Outbreak of cholera in the village of Akhoree, in the Mirzapore district
Disease focus: Cholera
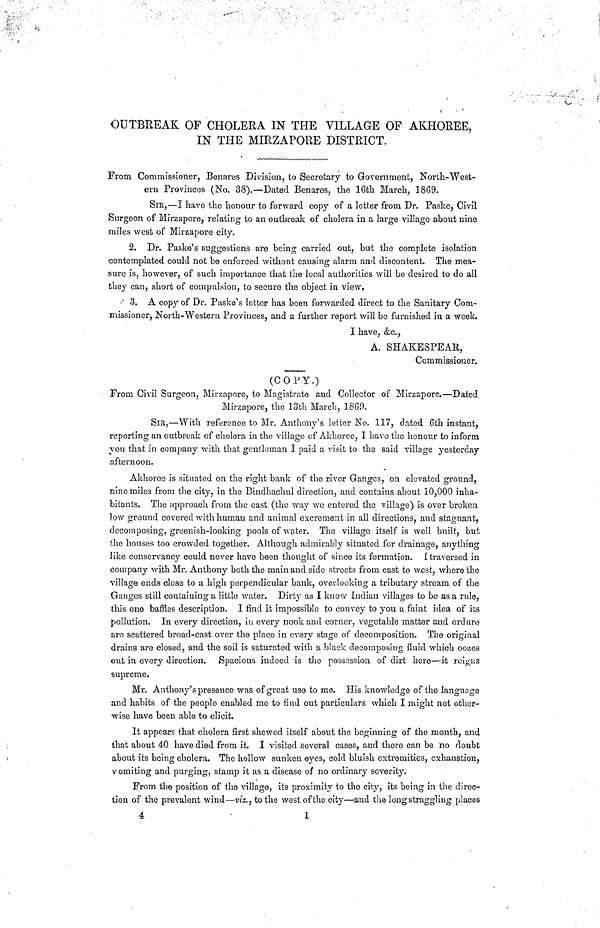
OUTBREAK OF CHOLERA IN THE VILLAGE OF AKHOREE,
IN THE MIRZAPORE DISTRICT.
From Commissioner, Benares Division, to Secretary to Government, North-West-
ern Provinces (No. 38).—Dated Benares, the 16th March, 1869.
SIR,—I have the honour to forward copy of a letter from Dr. Paske, Civil
Surgeon of Mirzapore, relating to an outbreak of cholera in a large village about nine
miles west of Mirzapore city.
2. Dr. Paske's suggestions are being carried out, but the complete isolation
contemplated could not be enforced without causing alarm and discontent. The mea-
sure is, however, of such importance that the local authorities will be desired to do all
they can, short of compulsion, to secure the object in view.
3. A copy of Dr. Paske's letter has been forwarded direct to the Sanitary Com-
missioner, North-Western Provinces, and a further report will be furnished in a week.
I have, &c.,
A. SHAKESPEAR,
Commissioner.
(COPY.)
From Civil Surgeon, Mirzaporo, to Magistrate and Collector of Mirzapore.—Dated
Mirzapore, the loth March, 1869.
SIR,—With reference to Mr. Anthony's letter No. 117, dated 6th instant,
reporting an outbreak of cholera in the village of Akhorec, I have the honour to inform
you that in company with that gentleman I paid a visit to the said village yesterday
afternoon.
Akhoree is situated on the right bank of the river Ganges, on elevated ground,
nine miles from the city, in the Bindhachul direction, and contains about 10,000 inha-
bitants. The approach from the east (the way wo entered the village) is over broken
low ground covered with human and animal excrement in all directions, and stagnant,
decomposing, greenish-looking pools of water. The village itself is well built, but
the houses too crowded together. Although admirably situated for drainage, anything
like conservancy could never have been thought of since its formation. I traversed in
company with Mr. Anthony both the main and side streets from east to west, where the
village ends close to a high perpendicular bank, overlooking a tributary stream of the
Ganges still containing a little water. Dirty as I know Indian villages to be as a rule,
this one baffles description. I find it impossible to convey to you a faint idea of its
pollution. In every direction, in every nook and corner, vegetable matter and ordure
are scattered broad-cast over the place in every stage of decomposition. The original
drains are closed, and the soil is saturated with a black decomposing fluid which oozes
out in every direction. Spacious indeed is the possession of dirt here—it reigns
supreme.
Mr. Anthony's presence was of great use to me. His knowledge of the language
and habits of the people enabled me to find out particulars which I might not other-
wise have been able to elicit.
It appears that cholera first shewed itself about the beginning of the month, and
that about 40 have died from it. I visited several cases, and there can be no doubt
about its being cholera. The hollow sunken eyes, cold bluish extremities, exhaustion,
vomiting and purging, stamp it as a disease of no ordinary severity.
From the position of the village, its proximity to the city, its being in the direc-
tion of the prevalent wind—viz., to the west of the city—and the long straggling places
4
1